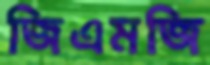
জিএমজি